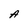
Character: A